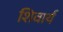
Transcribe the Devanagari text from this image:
शिवार्य